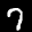
Label: 7